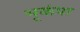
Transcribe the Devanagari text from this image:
भूकंपा